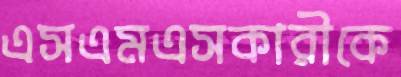
এসএমএসকারীকে